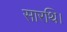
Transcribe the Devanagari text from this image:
सारथि।